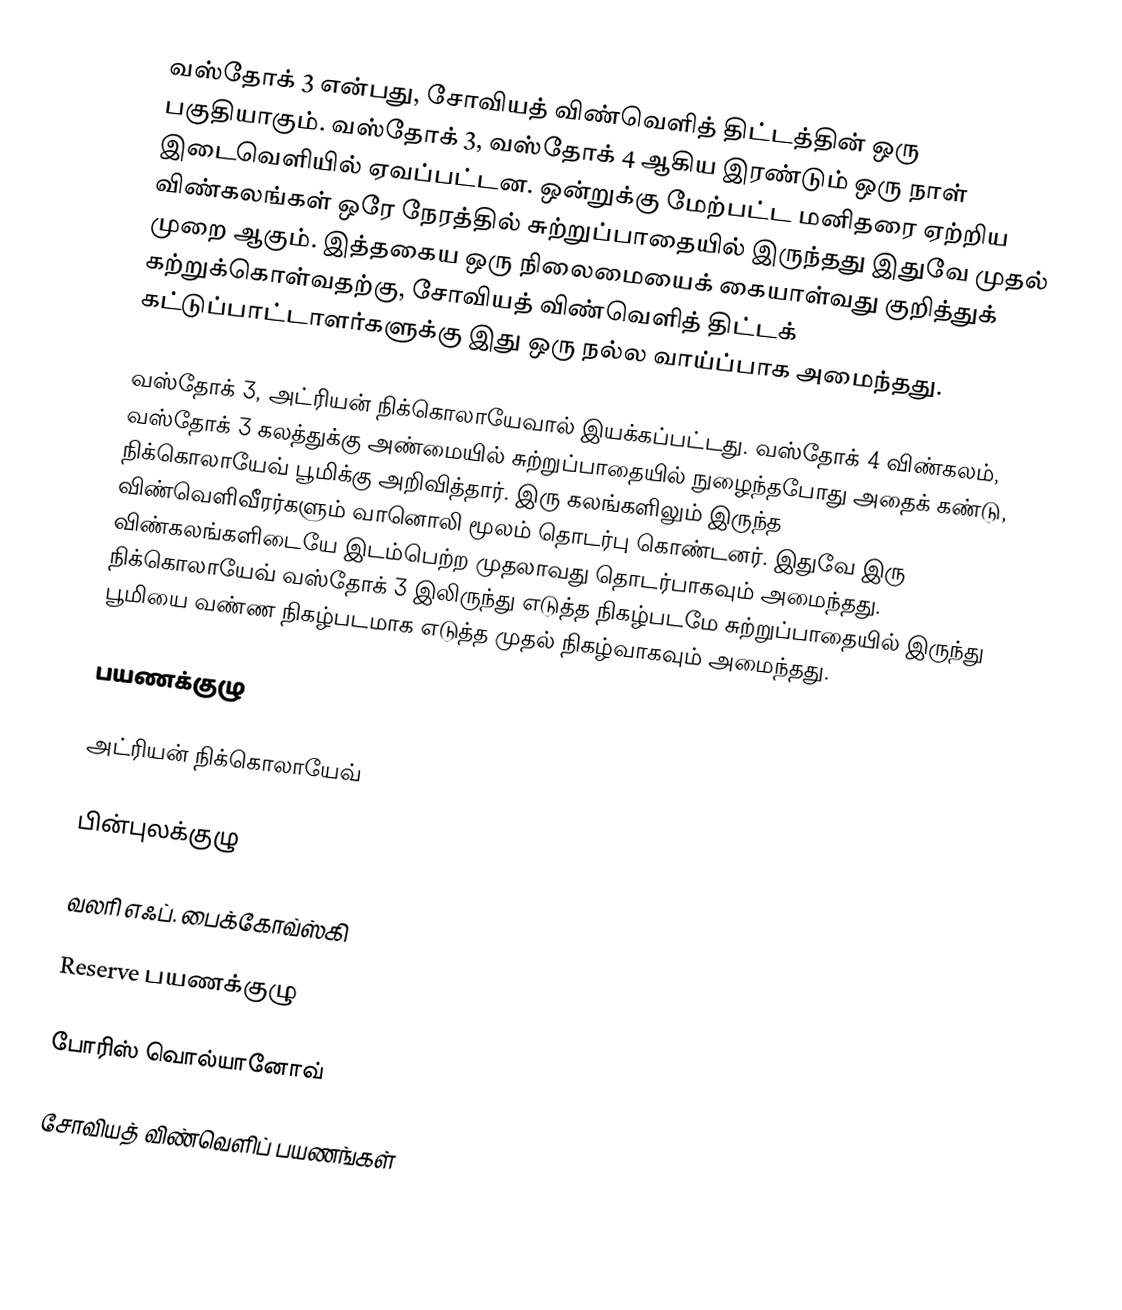
வஸ்தோக் 3 என்பது, சோவியத் விண்வெளித் திட்டத்தின் ஒரு பகுதியாகும். வஸ்தோக் 3, வஸ்தோக் 4 ஆகிய இரண்டும் ஒரு நாள் இடைவெளியில் ஏவப்பட்டன. ஒன்றுக்கு மேற்பட்ட மனிதரை ஏற்றிய விண்கலங்கள் ஒரே நேரத்தில் சுற்றுப்பாதையில் இருந்தது இதுவே முதல் முறை ஆகும். இத்தகைய ஒரு நிலைமையைக் கையாள்வது குறித்துக் கற்றுக்கொள்வதற்கு, சோவியத் விண்வெளித் திட்டக் கட்டுப்பாட்டாளர்களுக்கு இது ஒரு நல்ல வாய்ப்பாக அமைந்தது.

வஸ்தோக் 3, அட்ரியன் நிக்கொலாயேவால் இயக்கப்பட்டது. வஸ்தோக் 4 விண்கலம், வஸ்தோக் 3 கலத்துக்கு அண்மையில் சுற்றுப்பாதையில் நுழைந்தபோது அதைக் கண்டு, நிக்கொலாயேவ் பூமிக்கு அறிவித்தார். இரு கலங்களிலும் இருந்த விண்வெளிவீரர்களும் வானொலி மூலம் தொடர்பு கொண்டனர். இதுவே இரு விண்கலங்களிடையே இடம்பெற்ற முதலாவது தொடர்பாகவும் அமைந்தது. நிக்கொலாயேவ் வஸ்தோக் 3 இலிருந்து எடுத்த நிகழ்படமே சுற்றுப்பாதையில் இருந்து பூமியை வண்ண நிகழ்படமாக எடுத்த முதல் நிகழ்வாகவும் அமைந்தது.

பயணக்குழு

 அட்ரியன் நிக்கொலாயேவ்

பின்புலக்குழு

 வலரி எஃப். பைக்கோவ்ஸ்கி

Reserve பயணக்குழு

 போரிஸ் வொல்யானோவ்

சோவியத் விண்வெளிப் பயணங்கள்